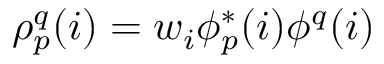
\begin{array} { r } { \rho _ { p } ^ { q } ( i ) = w _ { i } \phi _ { p } ^ { * } ( i ) \phi ^ { q } ( i ) } \end{array}